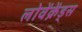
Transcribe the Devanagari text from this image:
लोवेंक्रेंड्स